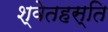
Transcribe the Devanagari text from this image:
श्वेतहस्ति